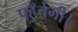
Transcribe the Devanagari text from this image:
पहुँचेगी।